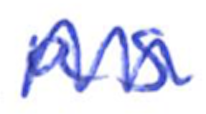
Text: as
Cross-out: zig-zag
Writing tool: ballpoint